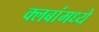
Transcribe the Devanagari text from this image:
क्लबांमध्ये